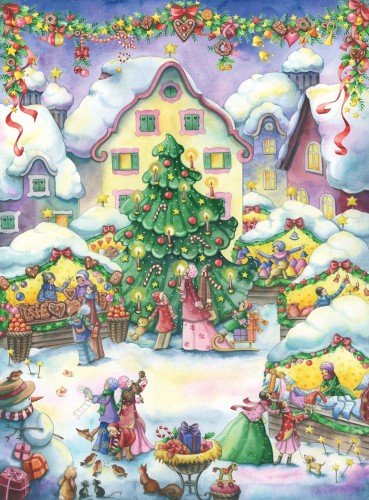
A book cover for Christmas Market Advent Calendar; Nina Chen; Calendars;